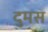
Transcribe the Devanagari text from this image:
दुमस